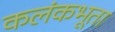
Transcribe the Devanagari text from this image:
कलंकभूता